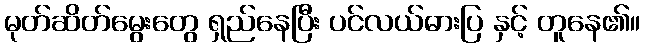
မုတ်ဆိတ်မွေးတွေ ရှည်နေပြီး ပင်လယ်ဓားပြ နှင့် တူနေ၏။